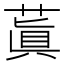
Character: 蒖